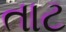
તાટ